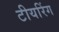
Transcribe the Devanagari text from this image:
टीयरिंग